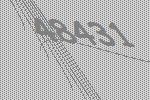
48431